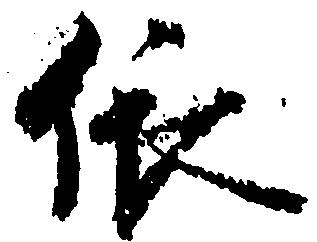
依